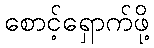
စောင့်ရှောက်ဖို့